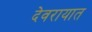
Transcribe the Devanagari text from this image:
देवरायात